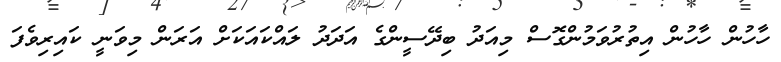
ހާހުން ހާހުން އިތުރުވަމުންގޮސް މިއަދު ބިދޭސީންގެ އަދަދު ލައްކައަކަށް އަރަން މިވަނީ ކައިރިވެފަ